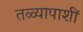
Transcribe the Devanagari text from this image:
तळ्यापाशीं